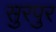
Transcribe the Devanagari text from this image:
सुरपुर